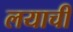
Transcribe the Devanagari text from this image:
लयाची